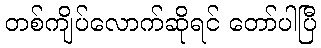
တစ်ကျိပ်လောက်ဆိုရင် တော်ပါပြီ